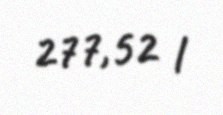
277,52 l